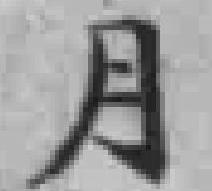
月